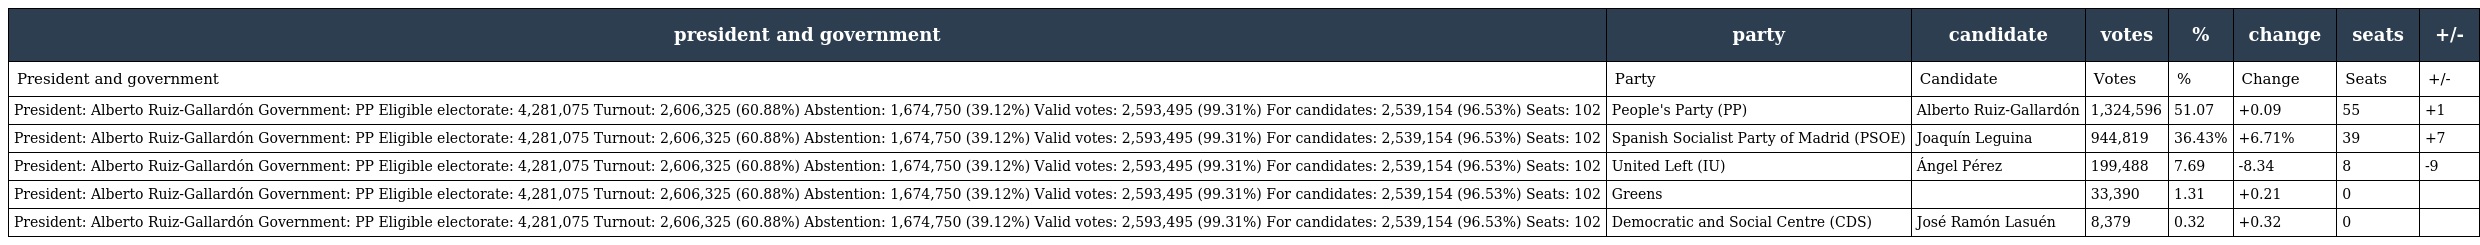
| president and government | party | candidate | votes | % | change | seats | +/- |
 | --- | --- | --- | --- | --- | --- | --- | --- |
 | President and government | Party | Candidate | Votes | % | Change | Seats | +/- |
 | President: Alberto Ruiz-Gallardón Government: PP Eligible electorate: 4,281,075 Turnout: 2,606,325 (60.88%) Abstention: 1,674,750 (39.12%) Valid votes: 2,593,495 (99.31%) For candidates: 2,539,154 (96.53%) Seats: 102 | People's Party (PP) | Alberto Ruiz-Gallardón | 1,324,596 | 51.07 | +0.09 | 55 | +1 |
 | President: Alberto Ruiz-Gallardón Government: PP Eligible electorate: 4,281,075 Turnout: 2,606,325 (60.88%) Abstention: 1,674,750 (39.12%) Valid votes: 2,593,495 (99.31%) For candidates: 2,539,154 (96.53%) Seats: 102 | Spanish Socialist Party of Madrid (PSOE) | Joaquín Leguina | 944,819 | 36.43% | +6.71% | 39 | +7 |
 | President: Alberto Ruiz-Gallardón Government: PP Eligible electorate: 4,281,075 Turnout: 2,606,325 (60.88%) Abstention: 1,674,750 (39.12%) Valid votes: 2,593,495 (99.31%) For candidates: 2,539,154 (96.53%) Seats: 102 | United Left (IU) | Ángel Pérez | 199,488 | 7.69 | -8.34 | 8 | -9 |
 | President: Alberto Ruiz-Gallardón Government: PP Eligible electorate: 4,281,075 Turnout: 2,606,325 (60.88%) Abstention: 1,674,750 (39.12%) Valid votes: 2,593,495 (99.31%) For candidates: 2,539,154 (96.53%) Seats: 102 | Greens |  | 33,390 | 1.31 | +0.21 | 0 |  |
 | President: Alberto Ruiz-Gallardón Government: PP Eligible electorate: 4,281,075 Turnout: 2,606,325 (60.88%) Abstention: 1,674,750 (39.12%) Valid votes: 2,593,495 (99.31%) For candidates: 2,539,154 (96.53%) Seats: 102 | Democratic and Social Centre (CDS) | José Ramón Lasuén | 8,379 | 0.32 | +0.32 | 0 |  |